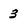
Character: 3